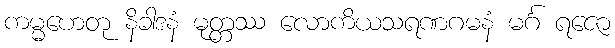
ကမ္မဟေတု နိခါဒနံ မုတ္တဿ လောကိယသရဏဂမနံ မင်္ဂ ရဇော